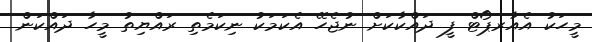
މީހަކު އެއާރޕޯޓް ފީ ދައްކާކަށް ނުޖެހޭ އެކަމަކު ނިކަމެތި ރައްޔިތު މީހާ ދައްކަން